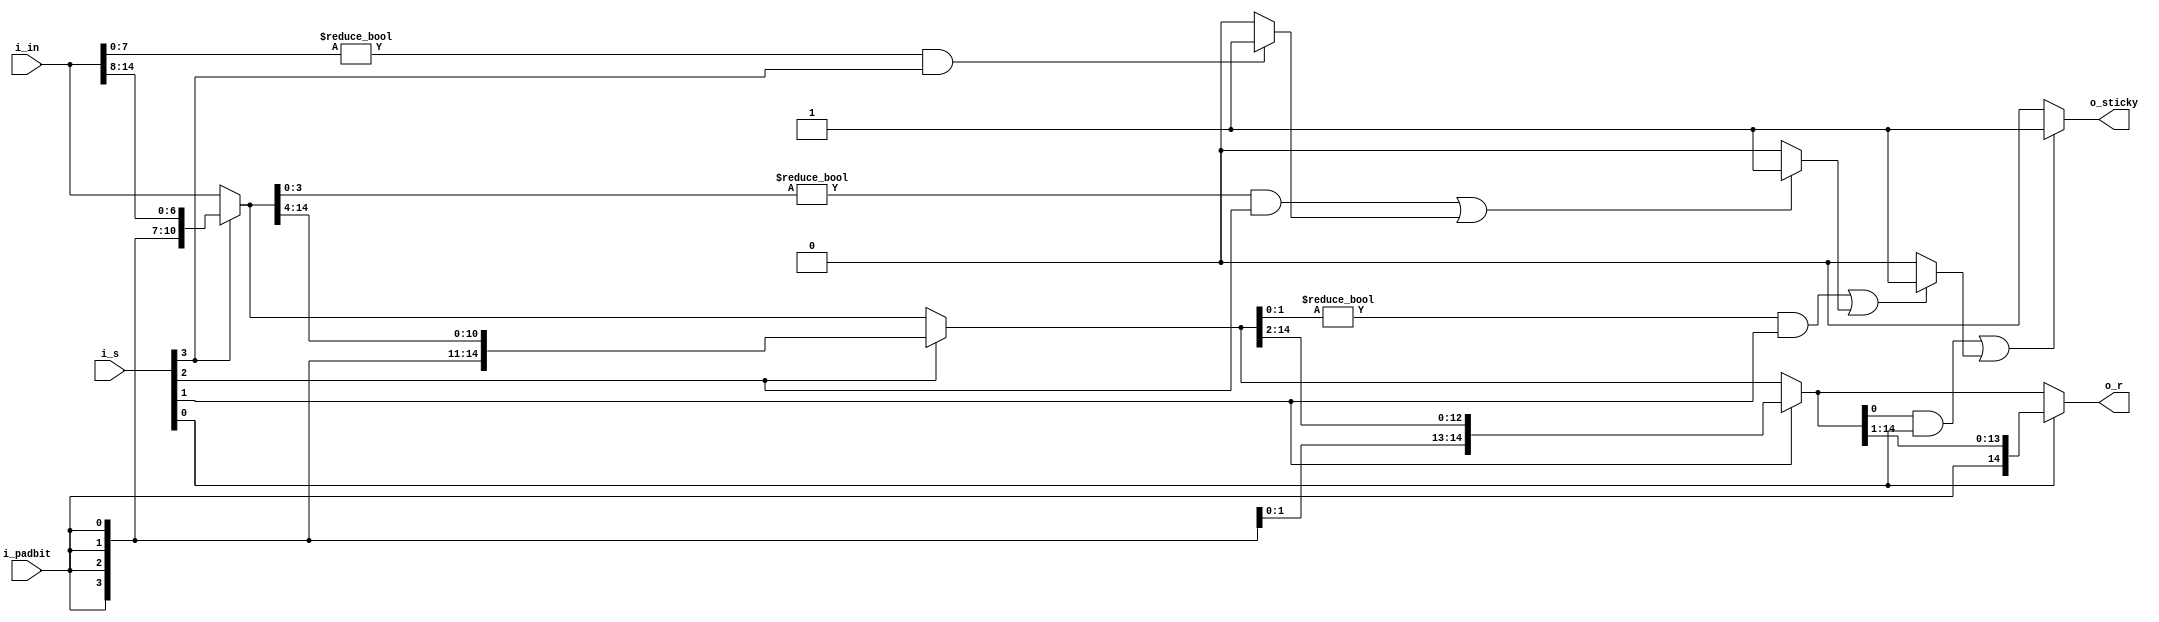
/*
Based on paper: 
R. Murillo, A. A. Del Barrio and G. Botella, "Customized Posit Adders and Multipliers using the FloPoCo Core Generator," 2020 IEEE International Symposium on Circuits and Systems (ISCAS), 2020, pp. 1-5, 
doi: 10.1109/ISCAS45731.2020.9180771.
*/

module right_shifter_sticky_18 #(parameter N=16) (
  input wire [N-2:0] i_in,
  input wire [$clog2(N)-1:0] i_s,
  input wire i_padbit,
  output wire [N-2:0] o_r,
  output wire o_sticky
);


  wire [$clog2(N)-1:0] ps;
  wire [N-2:0] Xpadded;
  wire [N-2:0] level4 ;
  wire stk3 ;
  wire [N-2:0] level3 ;
  wire stk2 ;
  wire [N-2:0] level2 ;
  wire stk1 ;
  wire [N-2:0] level1 ;
  wire stk0 ;
  wire [N-2:0] level0 ;

  assign ps      = i_s;
  assign Xpadded = i_in;
  assign level4  = Xpadded ;
  assign stk3    = ((level4[7:0]!=0 && ps[3]==1)) ? 1 : 0;
  assign level3 =  ps[3]==0 ?  level4 : {{8{i_padbit}},level4[14 : 8]};
  assign stk2 = ((level3[3:0]!=0 && ps[2]==1)|| stk3==1) ? 1 : 0;
  assign level2 =  ps[2]==0 ?  level3 : {{4{i_padbit}},level3[14 : 4]};
  assign stk1 = ((level2[1:0]!=0 && ps[1]==1)|| stk2==1) ? 1 : 0;
  assign level1 =  ps[1]==0 ?  level2 : {{2{i_padbit}},level2[14 : 2]};
  assign stk0 = ((level1[0]!=0 && ps[0]==1)|| stk1==1) ? 1 : 0;
  assign level0 =   ps[0]==0 ?  level1 : {i_padbit,level1[14 : 1]};
  assign o_r = level0;
  assign o_sticky = stk0;




endmodule